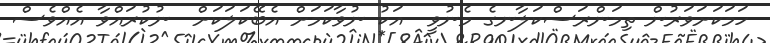
ހަމަކަށަވަރުން ތިމަންރަސްކަލާނގެ މެނުވީ  އަކު ނުވާކަމަށް އެބޭކަލަކަށް  ނުކުރައްވާ އެއްވެސް